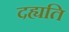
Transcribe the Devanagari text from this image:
दह्यति